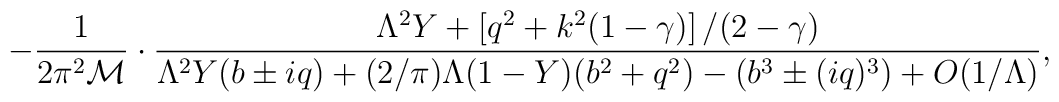
-\frac{1}{2\pi^2{\cal M}}\cdot\frac{\Lambda^2Y+\left[q^2+k^2(1-\gamma)\right]/(2-\gamma)}{\Lambda^2Y(b\pm iq)+(2/\pi)\Lambda (1-Y)(b^2+q^2)-\left(b^3\pm (iq)^3\right) +O(1/\Lambda)},